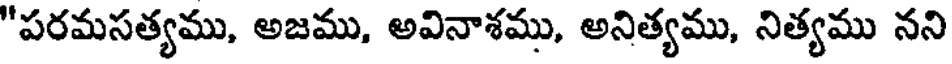
"పరమసత్యము, అజము, అవినాశము, అనిత్యము, నిత్యము నని